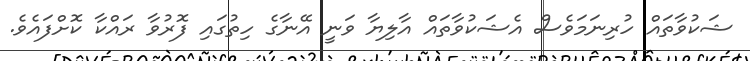
ޝަކުވާތައް ހުރިނަމަވެސް އެޝަކުވާތައް އާލިޔާ ވަނީ އޭނާގެ ހިތުގައި ފޮރުވާ ރައްކާ ކޮށްފައެވެ.